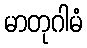
မာတုဂါမံ